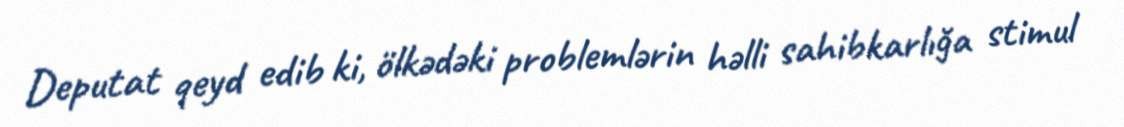
Deputat qeyd edib ki, ölkədəki problemlərin həlli sahibkarlığa stimul